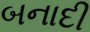
બનાદી